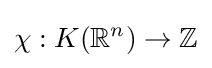
\chi :K(\mathbb {R} ^{n})\to \mathbb {Z}